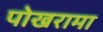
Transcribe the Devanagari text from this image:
पोखरामा